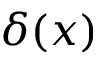
\delta ( x )